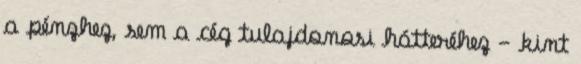
a pénzhez, sem a cég tulajdonosi hátteréhez - kint